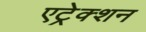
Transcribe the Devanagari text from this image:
एट्रेक्शन